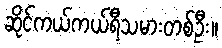
ဆိုင်ကယ်ကယ်ရီသမားတစ်ဦး။